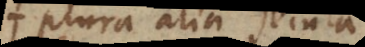
plura alia secula